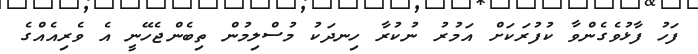
ފަހު ފާޅުވެގެންވާ ކުފުރަކަށް އަމުރު ނުކުރާ ހިނދަކު މުސްލިމުން ތިބެންޖެހޭނީ އެ ވެރިއެއްގެ